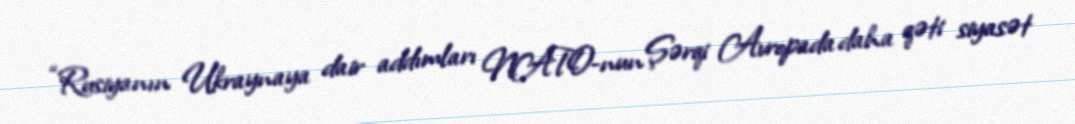
“Rusiyanın Ukraynaya dair addımları NATO-nun Şərqi Avropada daha qəti siyasət